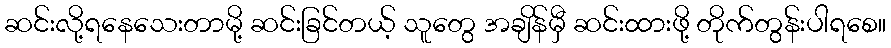
ဆင်းလို့ရနေသေးတာမို့ ဆင်းခြင်တယ့် သူတွေ အချိန်မှီ ဆင်းထားဖို့ တိုက်တွန်းပါရစေ။